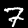
Digit: 7